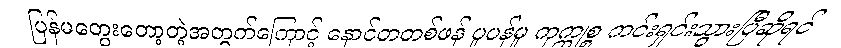
ပြန်မတွေးတော့တဲ့အတွက်ကြောင့် နောင်တတစ်ဖန် ပူပန်မှု ကုက္ကုစ္စ ကင်းရှင်းသွားပြီဆိုရင်